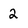
Character: 2